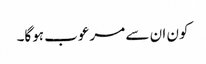
کون ان سے مرعوب ہوگا۔